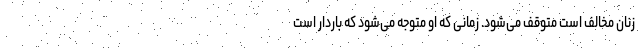
زنان مخالف است متوقف می‌شود. زمانی که او متوجه می‌شود که باردار است